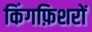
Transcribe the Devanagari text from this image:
किंगफ़िशरों